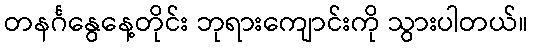
တနင်္ဂနွေနေ့တိုင်း ဘုရားကျောင်းကို သွားပါတယ်။